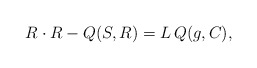
\begin{align*}R \cdot R - Q(S,R) = L\, Q(g,C) , \end{align*}